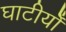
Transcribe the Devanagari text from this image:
घाटीयोँ